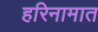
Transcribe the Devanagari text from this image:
हरिनामात